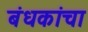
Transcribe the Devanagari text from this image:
बंधकांचा